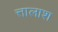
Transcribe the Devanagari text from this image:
त्तालाश